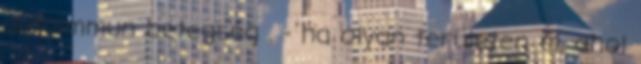
autoimmun betegség . - ha olyan területen él, ahol